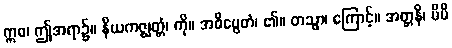
ဣဓ၊ ဤအရာ၌။ နိယကဇ္ဈတ္တံ၊ ကို။ အဓိပ္ပေတံ၊ ၏။ တသ္မာ၊ ကြောင့်။ အတ္တနိ၊ မိမိ